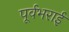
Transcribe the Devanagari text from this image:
पूर्वभराई